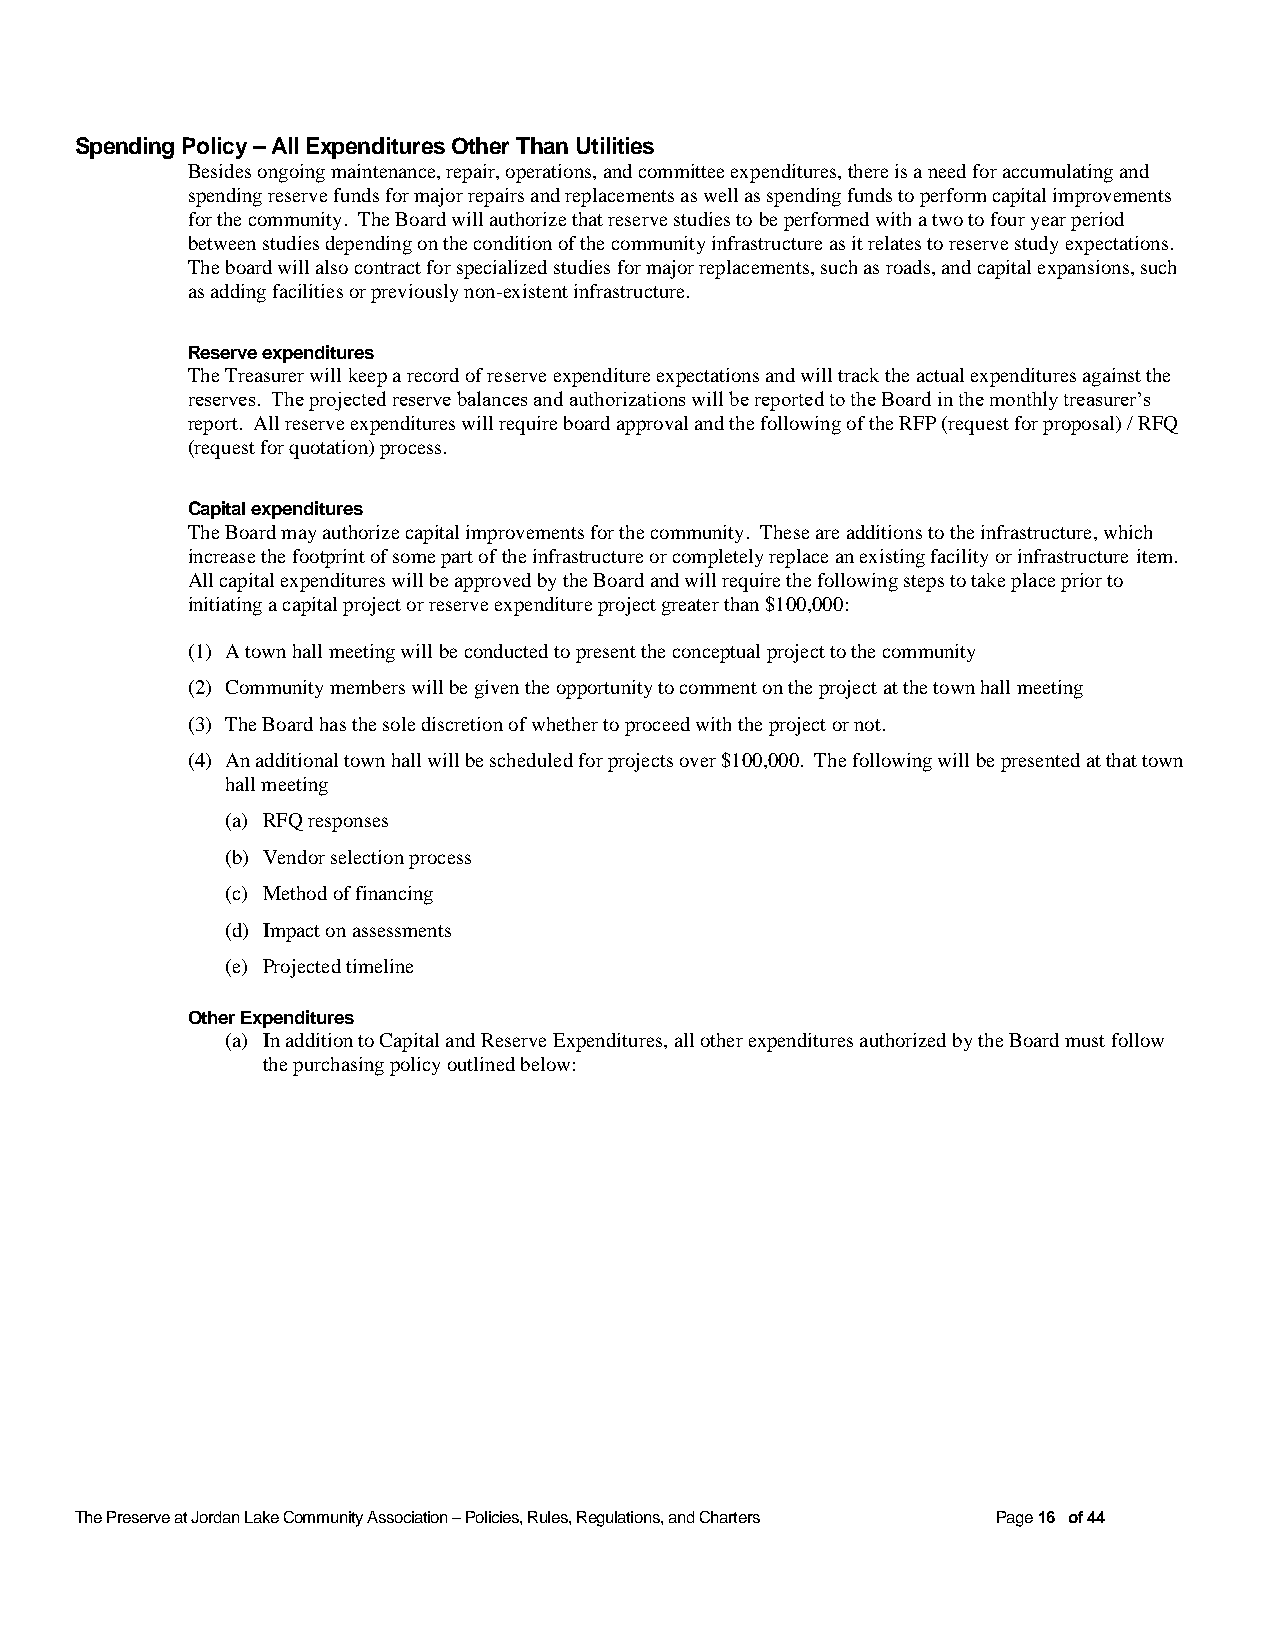
Spending Policy – All Expenditures Other Than Utilities
 Besides ongoing maintenance, repair, operations, and committee expenditures, there is a need for accumulating and
 spending reserve funds for major repairs and replacements as well as spending funds to perform capital improvements
 for the community. The Board will authorize that reserve studies to be performed with a two to four year period
 between studies depending on the condition of the community infrastructure as it relates to reserve study expectations.
 The board will also contract for specialized studies for major replacements, such as roads, and capital expansions, such
 as adding facilities or previously non-existent infrastructure.
 Reserve expenditures
 The Treasurer will keep a record of reserve expenditure expectations and will track the actual expenditures against the
 reserves. The projected reserve balances and authorizations will be reported to the Board in the monthly treasurer’s
 report. All reserve expenditures will require board approval and the following of the RFP (request for proposal) / RFQ
 (request for quotation) process.
 Capital expenditures
 The Board may authorize capital improvements for the community. These are additions to the infrastructure, which
 increase the footprint of some part of the infrastructure or completely replace an existing facility or infrastructure item.
 All capital expenditures will be approved by the Board and will require the following steps to take place prior to
 initiating a capital project or reserve expenditure project greater than $100,000:
 (1) A town hall meeting will be conducted to present the conceptual project to the community
 (2) Community members will be given the opportunity to comment on the project at the town hall meeting
 (3) The Board has the sole discretion of whether to proceed with the project or not.
 (4) An additional town hall will be scheduled for projects over $100,000. The following will be presented at that town
 hall meeting
 (a) RFQ responses
 (b) Vendor selection process
 (c) Method of financing
 (d) Impact on assessments
 (e) Projected timeline
 Other Expenditures
 (a) In addition to Capital and Reserve Expenditures, all other expenditures authorized by the Board must follow
 the purchasing policy outlined below:
 The Preserve at Jordan Lake Community Association – Policies, Rules, Regulations, and Charters Page 16 of 44